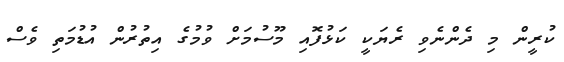
ކުރީން މި ދެންނެވި ރެޔަކީ ކަޅުފޮއި މޫސުމަށް ވުމުގެ އިތުރުން އުޑުމަތި ވެސް